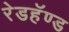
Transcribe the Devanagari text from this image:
रेडहॅण्ड